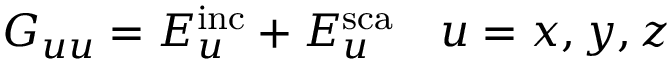
G _ { u u } = E _ { u } ^ { \mathrm { i n c } } + E _ { u } ^ { \mathrm { s c a } } \quad u = x , y , z